Annual report of the Punjab Veterinary College and of the Civil Veterinary Department, Punjab - 1926-1932
Year: 1926
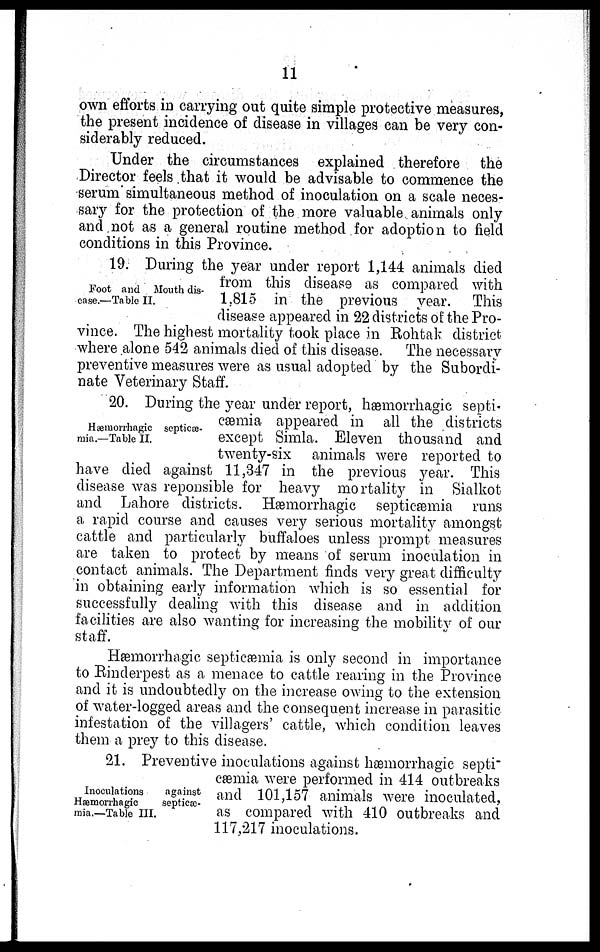
11
own efforts in carrying out quite simple protective measures,
the present incidence of disease in villages can be very con-
siderably reduced.
Under the circumstances explained therefore the
Director feels that it would be advisable to commence the
serum simultaneous method of inoculation on a scale neces-
sary for the protection of the more valuable animals only
and not as a general routine method for adoption to field
conditions in this Province.
Foot and Mouth dis-
-ase.—Table II.
19. During the year under report 1,144 animals died
from this disease as compared with
1,815 in the previous year. This
disease appeared in 22 districts of the Pro-
vince. The highest mortality took place in Rohtak district
where alone 542 animals died of this disease. The necessary
preventive measures were as usual adopted by the Subordi-
nate Veterinary Staff.
Hæmorrhagic septicæ-
mia.—Table II.
20. During the year under report, hæmorrhagic septi-
cæmia appeared in all the districts
except Simla. Eleven thousand and
twenty-six animals were reported to
have died against 11,347 in the previous year. This
disease was reponsible for heavy mortality in Sialkot
and Lahore districts. Hæmorrhagic septicæmia runs
a rapid course and causes very serious mortality amongst
cattle and particularly buffaloes unless prompt measures
are taken to protect by means of serum inoculation in
contact animals. The Department finds very great difficulty
in obtaining early information which is so essential for
successfully dealing with this disease and in addition
facilities are also wanting for increasing the mobility of our
staff.
Hæmorrhagic septicæmia is only second in importance
to Rinderpest as a menace to cattle rearing in the Province
and it is undoubtedly on the increase owing to the extension
of water-logged areas and the consequent increase in parasitic
infestation of the villagers' cattle, which condition leaves
them a prey to this disease.
Inoculations
against
Hæmorrhagic
septicæ-
mia.—Table III.
21. Preventive inoculations against hæmorrhagic septi-
cæmia were performed in 414 outbreaks
and 101,157 animals were inoculated,
as compared with 410 outbreaks and
117,217 inoculations.